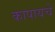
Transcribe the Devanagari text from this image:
कापायचे